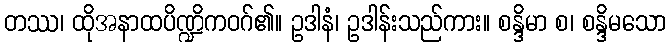
တဿ၊ ထိုအနာထပိဏ္ဍိကဝဂ်၏။ ဥဒါနံ၊ ဥဒါန်းသည်ကား။ စန္ဒိမာ စ၊ စန္ဒိမသော